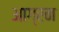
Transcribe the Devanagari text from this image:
आग्रन